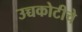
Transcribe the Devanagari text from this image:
उच्चकोटीचे